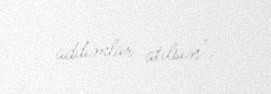
addımlar atılsın".